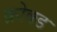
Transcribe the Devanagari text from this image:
क्रोक्ड